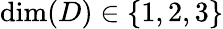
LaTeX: \mathrm{dim}(D)\in\{ 1,2,3\}